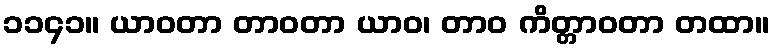
၁၁၄၁။ ယာဝတာ တာဝတာ ယာဝ၊ တာဝ ကိတ္တာဝတာ တထာ။